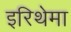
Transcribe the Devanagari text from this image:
इरिथेमा